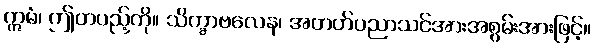
ဣမံ၊ ဤတပည့်ကို။ သိက္ခာဗလေန၊ အတတ်ပညာသင်အားအစွမ်းအားဖြင့်။